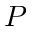
P